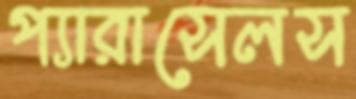
প্যারাসেলস